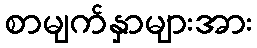
စာမျက်နှာများအား